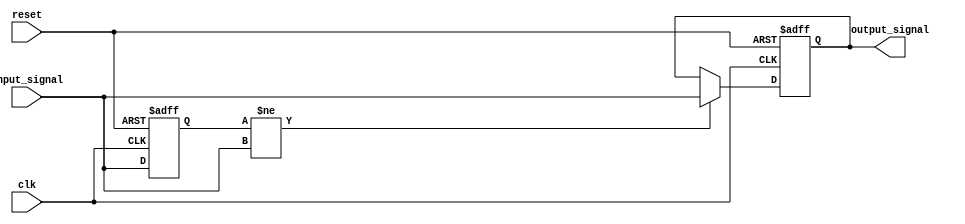
module Delay #(
    parameter DELAY_DURATION = 10  // Delay duration in time units (e.g., nanoseconds)
)(
    input wire clk,                 // Clock signal
    input wire reset,               // Reset signal
    input wire input_signal,        // Input signal to be delayed
    output reg output_signal        // Delayed output signal
);

    // Internal signal to track the delayed state
    reg input_signal_reg;

    // State management using a simple state machine
    always @(posedge clk or posedge reset) begin
        if (reset) begin
            output_signal <= 1'b0;    // Reset output to known state
            input_signal_reg <= 1'b0;  // Reset internal register
        end else begin
            // Capture the input signal on the rising edge
            input_signal_reg <= input_signal;

            // Delay mechanism
            if (input_signal_reg != input_signal) begin
                // If input signal changes, start the delay
                output_signal <= input_signal_reg; // Hold the previous state
                #DELAY_DURATION; // Introduce the specified delay
                output_signal <= input_signal; // Update output after delay
            end
        end
    end

endmodule